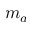
m _ { a }